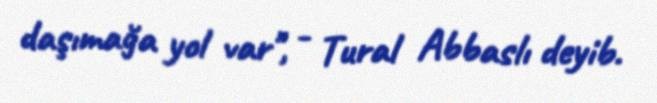
daşımağa yol var", - Tural Abbaslı deyib.